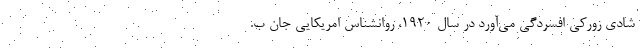
شادی زورکی افسردگی می‌آورد در سال ۱۹۲۰، روانشناس امریکایی جان ب.